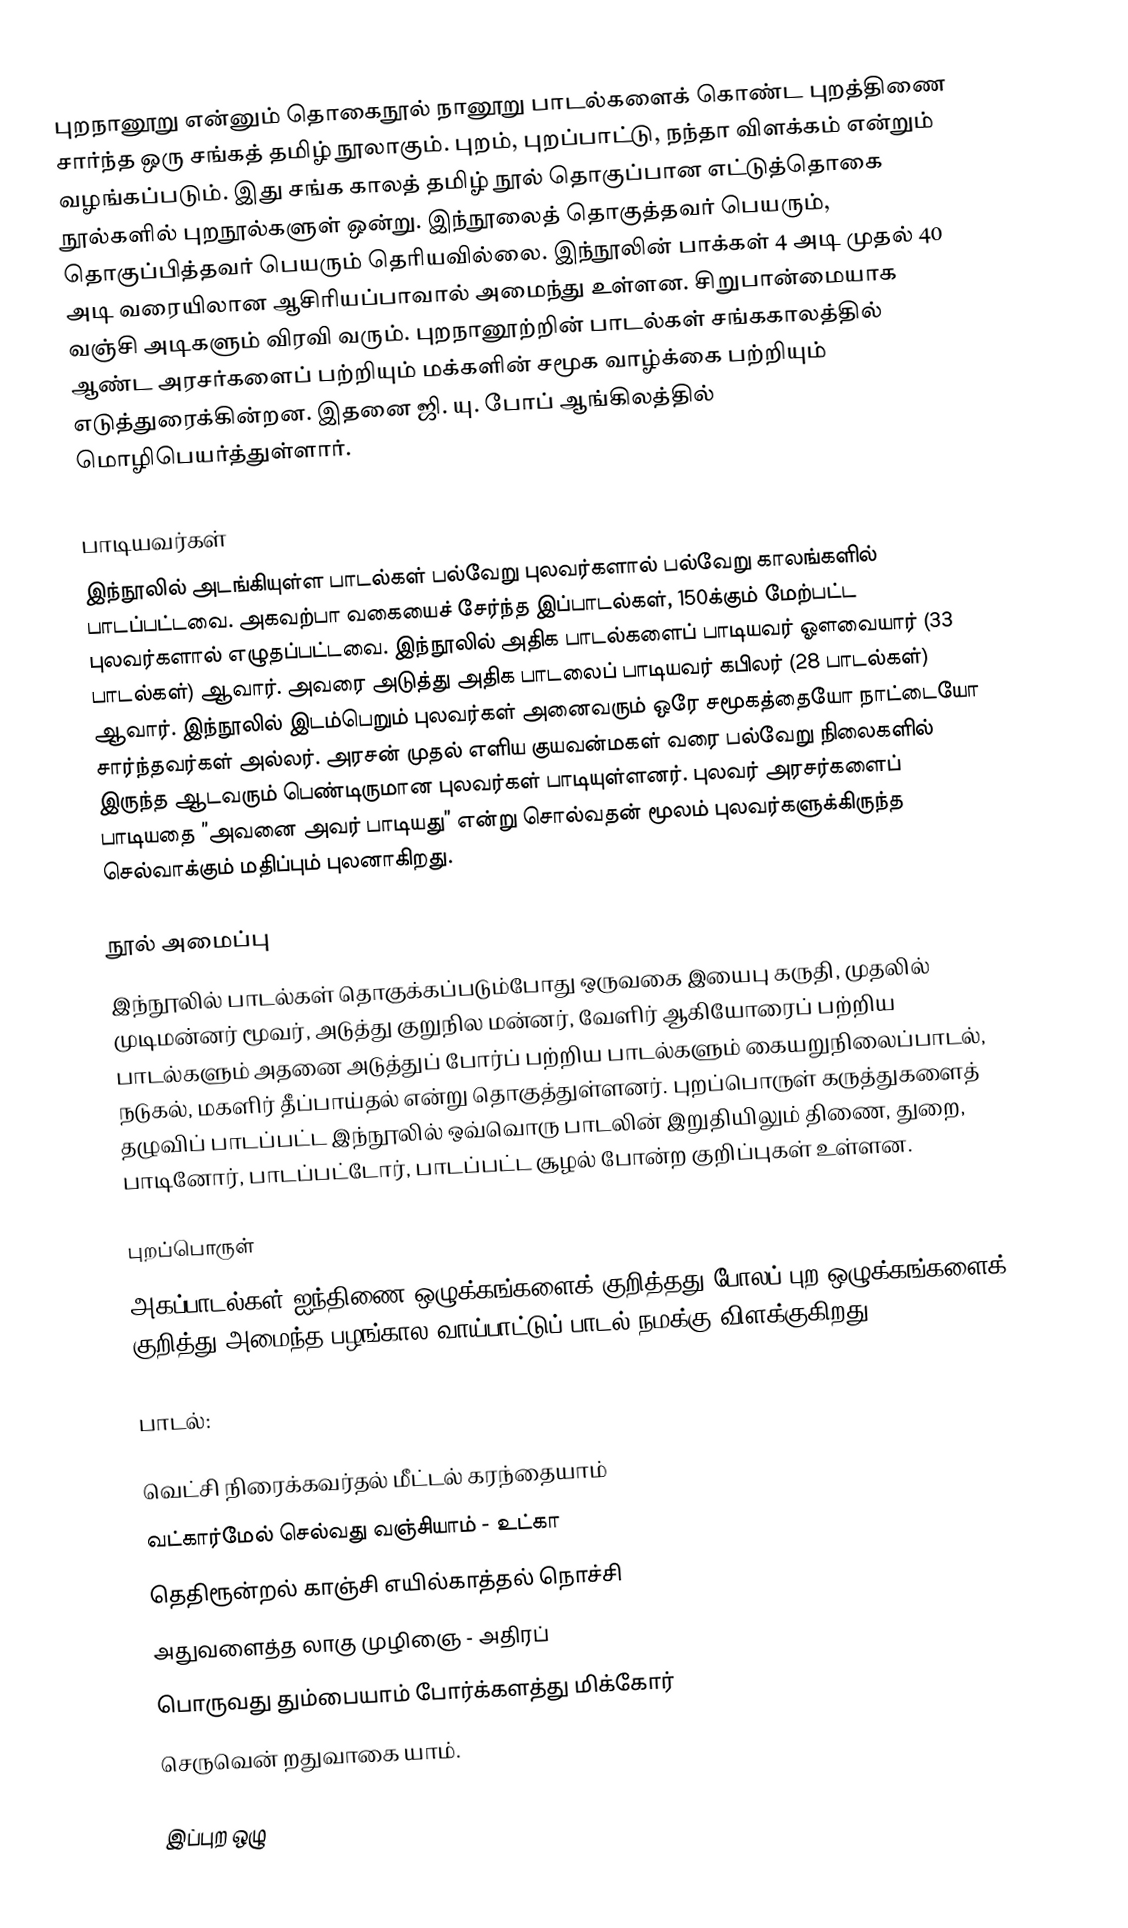
புறநானூறு என்னும் தொகைநூல் நானூறு பாடல்களைக் கொண்ட புறத்திணை சார்ந்த ஒரு சங்கத் தமிழ் நூலாகும். புறம், புறப்பாட்டு, நந்தா விளக்கம் என்றும் வழங்கப்படும். இது சங்க காலத் தமிழ் நூல் தொகுப்பான எட்டுத்தொகை நூல்களில் புறநூல்களுள் ஒன்று. இந்நூலைத் தொகுத்தவர் பெயரும், தொகுப்பித்தவர் பெயரும் தெரியவில்லை. இந்நூலின் பாக்கள் 4 அடி முதல் 40 அடி வரையிலான ஆசிரியப்பாவால் அமைந்து உள்ளன. சிறுபான்மையாக வஞ்சி அடிகளும் விரவி வரும். புறநானூற்றின் பாடல்கள் சங்ககாலத்தில் ஆண்ட அரசர்களைப் பற்றியும் மக்களின் சமூக வாழ்க்கை பற்றியும் எடுத்துரைக்கின்றன. இதனை ஜி. யு. போப் ஆங்கிலத்தில் மொழிபெயர்த்துள்ளார்.

பாடியவர்கள்
இந்நூலில் அடங்கியுள்ள பாடல்கள் பல்வேறு புலவர்களால் பல்வேறு காலங்களில் பாடப்பட்டவை. அகவற்பா வகையைச் சேர்ந்த இப்பாடல்கள், 150க்கும் மேற்பட்ட புலவர்களால் எழுதப்பட்டவை. இந்நூலில் அதிக பாடல்களைப் பாடியவர் ஔவையார் (33 பாடல்கள்) ஆவார். அவரை அடுத்து அதிக பாடலைப் பாடியவர் கபிலர் (28 பாடல்கள்) ஆவார். இந்நூலில் இடம்பெறும் புலவர்கள் அனைவரும் ஒரே சமூகத்தையோ நாட்டையோ சார்ந்தவர்கள் அல்லர். அரசன் முதல் எளிய குயவன்மகள் வரை பல்வேறு நிலைகளில் இருந்த ஆடவரும் பெண்டிருமான புலவர்கள் பாடியுள்ளனர். புலவர் அரசர்களைப் பாடியதை ”அவனை அவர் பாடியது” என்று சொல்வதன் மூலம் புலவர்களுக்கிருந்த செல்வாக்கும் மதிப்பும் புலனாகிறது.

நூல் அமைப்பு
இந்நூலில் பாடல்கள் தொகுக்கப்படும்போது ஒருவகை இயைபு கருதி, முதலில் முடிமன்னர் மூவர், அடுத்து குறுநில மன்னர், வேளிர் ஆகியோரைப் பற்றிய பாடல்களும் அதனை அடுத்துப் போர்ப் பற்றிய பாடல்களும் கையறுநிலைப்பாடல், நடுகல், மகளிர் தீப்பாய்தல் என்று தொகுத்துள்ளனர். புறப்பொருள் கருத்துகளைத் தழுவிப் பாடப்பட்ட இந்நூலில் ஒவ்வொரு பாடலின் இறுதியிலும் திணை, துறை, பாடினோர், பாடப்பட்டோர், பாடப்பட்ட சூழல் போன்ற குறிப்புகள் உள்ளன.

புறப்பொருள்
அகப்பாடல்கள் ஐந்திணை ஒழுக்கங்களைக் குறித்தது போலப் புற ஒழுக்கங்களைக் குறித்து அமைந்த பழங்கால வாய்பாட்டுப் பாடல் நமக்கு விளக்குகிறது.

பாடல்:

வெட்சி நிரைக்கவர்தல் மீட்டல் கரந்தையாம்
வட்கார்மேல் செல்வது வஞ்சியாம் - உட்கா
தெதிரூன்றல் காஞ்சி எயில்காத்தல் நொச்சி
அதுவளைத்த லாகு முழிஞை - அதிரப்
பொருவது தும்பையாம் போர்க்களத்து மிக்கோர்
செருவென் றதுவாகை யாம்.

இப்புற ஒழு